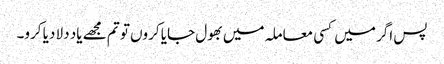
پس اگر میں کسی معاملہ میں بھول جایا کروں تو تم مجھے یاد دلا دیا کرو۔